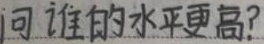
问谁的水平更高？